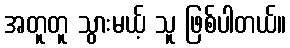
အတူတူ သွားမယ့် သူ ဖြစ်ပါတယ်။